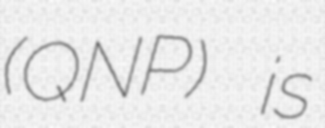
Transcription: (QNP) is